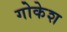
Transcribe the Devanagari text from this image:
गोकेश